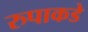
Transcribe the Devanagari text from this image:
रुपाकडे